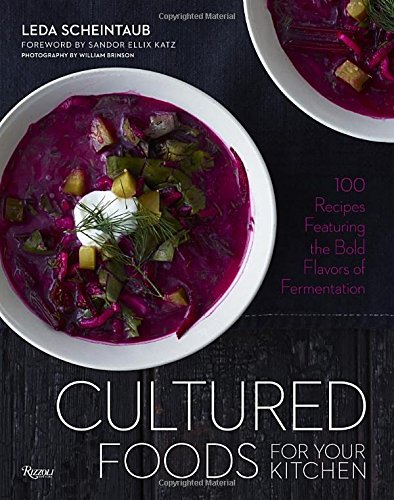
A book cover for Cultured Foods for Your Kitchen: 100 Recipes Featuring the Bold Flavors of Fermentation; Leda Scheintaub; Cookbooks, Food & Wine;